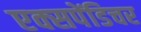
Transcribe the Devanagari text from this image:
एक्‍सपेंडिचर